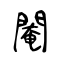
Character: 閹